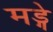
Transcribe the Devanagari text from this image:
मड्गे